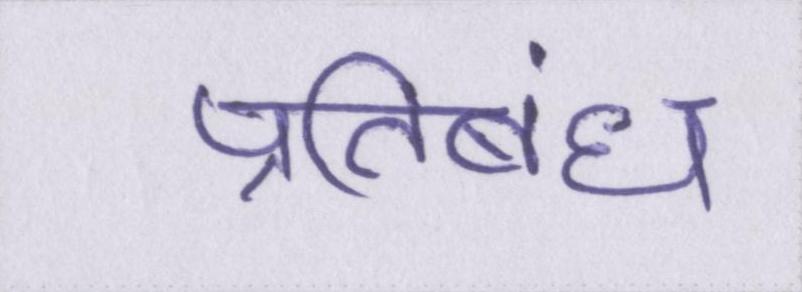
प्रतिबंध